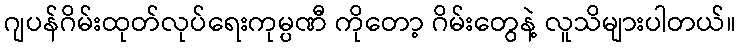
ဂျပန်ဂိမ်းထုတ်လုပ်ရေးကုမ္ပဏီ ကိုတော့ ဂိမ်းတွေနဲ့ လူသိများပါတယ်။